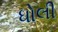
ધોલી